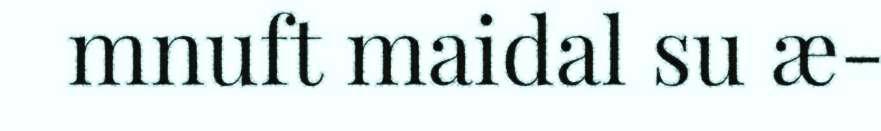
mnuft maidal su æ-